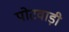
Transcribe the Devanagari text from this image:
पोटवाड़ी